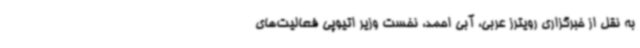
به نقل از خبرگزاری رویترز عربی، آبی احمد، نخست وزیر اتیوپی فعالیت‌های